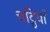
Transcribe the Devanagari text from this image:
चट्ठियाँ